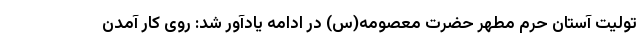
تولیت آستان حرم مطهر حضرت معصومه(س) در ادامه یادآور شد: روی کار آمدن